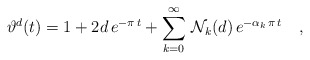
\begin{align*}\vartheta^d(t) = 1 + 2d\, e^{-\pi\, t} + \sum_{k=0}^{\infty}\, {\mathcal N}_{k}(d)\, e^{-\alpha_k\,\pi\,t} \quad ,\end{align*}